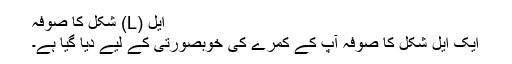
ایل (L) شکل کا صوفہ
ایک ایل شکل کا صوفہ آپ کے کمرے کی خوبصورتی کے لیے دیا گیا ہے۔